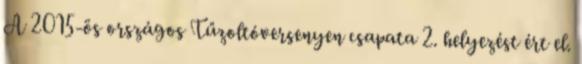
A 2015-ös országos Tűzoltóversenyen csapata 2. helyezést ért el.